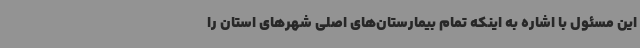
این مسئول با اشاره به اینکه تمام بیمارستان‌های اصلی شهرهای استان را